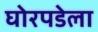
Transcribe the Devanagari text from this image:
घोरपडेला